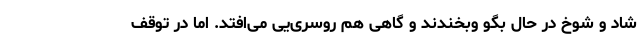
شاد و شوخ در حال بگو وبخندند و گاهی هم روسری‌یی می‌افتد. اما در توقف